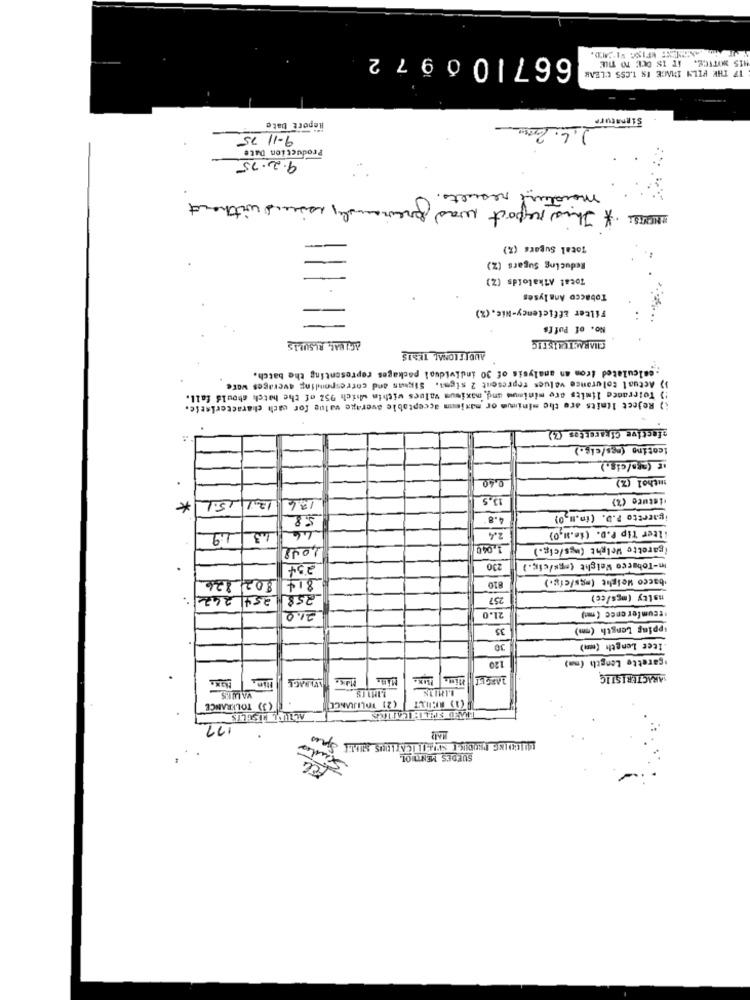
667106972
17 THE PILY IMAGE IN L.CSS CLEAR
HIS NOTICE. IT IS OCE TO TILE
Signature
Report Date
9-11 75
Production Date
9.2.75
moisture results.
MORS: * This report was previously issued without
Total Sugars (%)
Reducing Sugars (Z)
Total Alkaloids (Z)
Tobacco Analyses
Filter Efficiency-Nic. (%)
No. of Puffs
CHARACTERISTIC
AFINAL, RISULIS
ADDITIONAL TESIS
. calculated from an analysis of 30 individual packages representing the batch.
>> Actual tolerance values represent 2 sigml. Sipsaan and corresponling averages ware
:) Tolerance limits are minimum and, maximum values within which 952 of the hatch should fall.
i) Reject limits are the minimum or maximum acceptable average value for each characteristic.
afective Cigarettes (Z)
leoting (mes/cis.)
.
0,40
mithol (Z)
*
12.1 15.1
13.5
Misture (%)
13.6
58
4.8
igaretto P.D. (in.m,0)
2.4
ilter Tip P.D. (ie.Ml,0)
13 19
44
1008
1.049
(garette Weight (ugs/cig.)
.
2st
230
In-Tobacco Weight (mgk/cic.)
802 826
'bacco Weight (mgs/efg.)
814
810
242
2541
258
257
matty (mgs/cc)
teumference (m)
21.0
21.0
35
:pping Length (mm)
30
icet Length (mm)
.garette Length (mm)
120
Hin
AVERAGE
Mais
TARGET
ARACTERISTIC
VALUES
(3) TOLERANCE
1-5
(D) ATHUILT (21 VOLIRANCE
ACTIVL MESJULYS
111
SUEDES MENTLOL